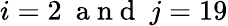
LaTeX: i=2\ \mathrm{~a~n~d~}\ j=19